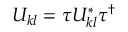
U _ { k l } = \tau U _ { k l } ^ { * } \tau ^ { \dagger }